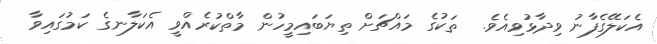
އެކަލޭގެފާނު ވިދާޅުވިއެވެ.  ތަކުގެ މައްޗަށް ތިޔަބައިމީހުން މާތްކުރެއްވީ އެކަލާނގެ ކަމުގައިވާ